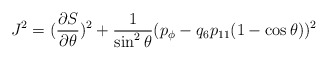
\begin{align*}J^2= ({\partial S\over\partial\theta})^2+{1\over\sin^2 \theta}(p_\phi-q_6 p_{11}(1-\cos\theta))^2\end{align*}